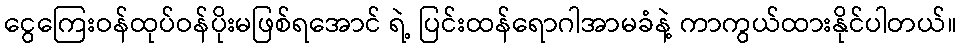
ငွေကြေးဝန်ထုပ်ဝန်ပိုးမဖြစ်ရအောင် ရဲ့ ပြင်းထန်ရောဂါအာမခံနဲ့ ကာကွယ်ထားနိုင်ပါတယ်။